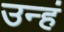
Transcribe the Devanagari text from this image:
उन्हं